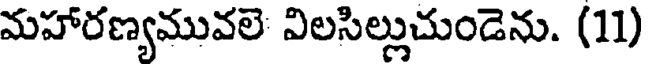
మహారణ్యమువలె విలసిల్లుచుండెను. (11)